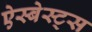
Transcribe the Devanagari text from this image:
ऐस्बेस्ट्स